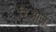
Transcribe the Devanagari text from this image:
रिआज़